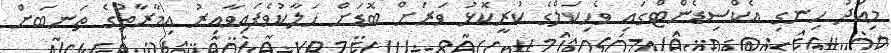
މިއަދު ހިނގި އެކްސިޑެންޓްގައި ވެހިކަލްގެ ކުރީކޮޅު ވަރަށް ބޮޑަށް ހަލާކުވެފައިވާއިރު އިމާރާތުގެ ތަނބަށް